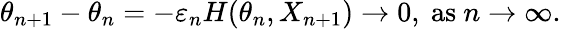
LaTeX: \theta_{n+1}-\theta_{n}=-\varepsilon_{n}H(\theta_{n},X_{n+1})\rightarrow 0,{\mathrm{~as~}}n\rightarrow\infty.